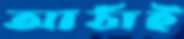
আঠাই